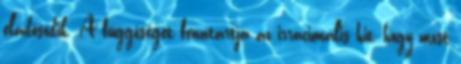
eladósodik. A függőséget fenntartja az irracionális hit, hogy most